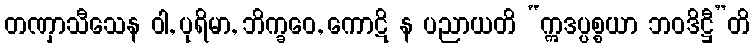
တဏှာသီသေန ဝါ, ပုရိမာ, ဘိက္ခဝေ, ကောဋိ န ပညာယတိ “ဣဒပ္ပစ္စယာ ဘဝဒိဋ္ဌီ”တိ